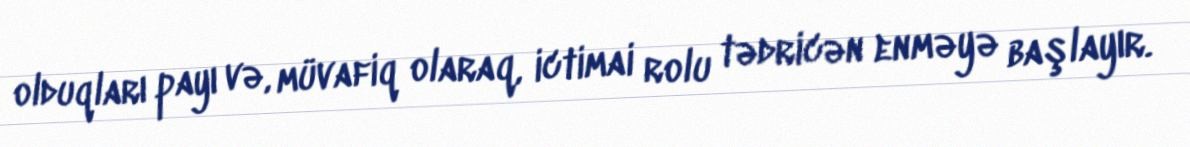
olduqları payı və, müvafiq olaraq, ictimai rolu tədricən enməyə başlayır.